Papers set at the Examination for Leaving Certificates, 1893
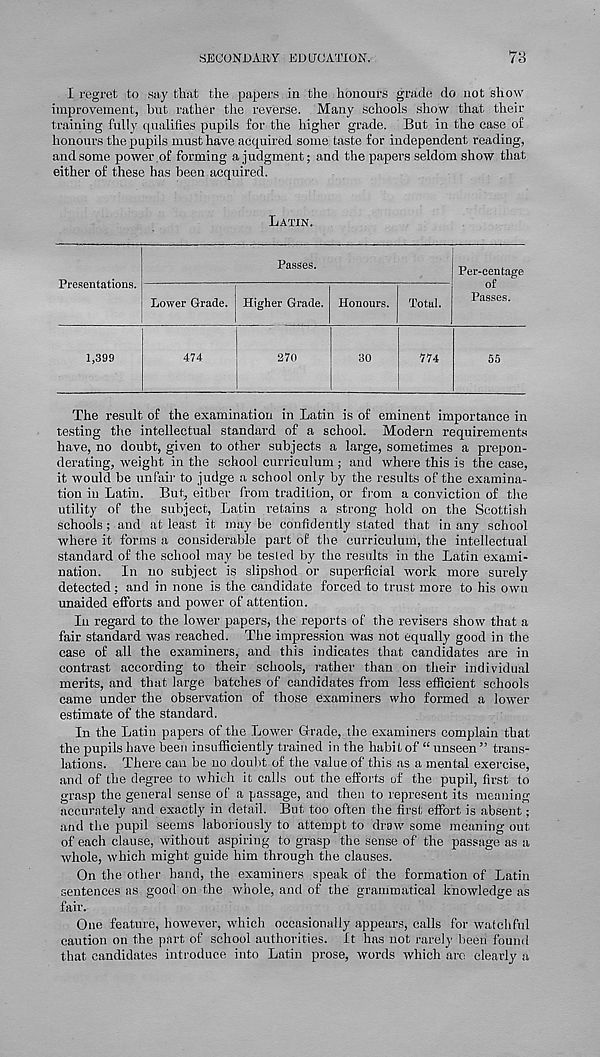
SECONDARY EDUCATION,
7y
I regret to say that the papers in the honours grade do not show
improvement, but rather the reverse. Many schools show that their
training fully qualifies pupils for the higher grade. But in the case of
honours the pupils must have acquired some taste for independent reading,
and some power,of forming a judgment; and the papers seldom show that
either of these has been acquired.
Latin.
Presentations.
Passes.
Lower Grade.
1,399
474
Higher Grade. Honours.
270
30
Total.
774
Per-centage
Passes.
55
The result of the examination in Latin is of eminent importance in
testing the intellectual standard of a school. Modern requirements
have, no doubt, given to other subjects a large, sometimes a prepon-
derating, weight in the school curriculum ; and where this is the case,
it would be unfair to judge a school only by the results of the examina-
tion in Latin. But, either from tradition, or from a conviction of the
utility of the subject, Latin retains a strong hold on the Scottish
schools ; and at least it may be confidently stated that in any school
where it forms a considerable part of the curriculum, the intellectual
standard of the school may be tesled by the results in the Latin exami-
nation. In no subject is slipshod or superficial work more surely
detected; and in none is the candidate forced to trust more to his own
unaided efforts and power of attention.
In regard to the lower papers, the reports of the revisers show that a
fair standard was reached. The impression was not equally good in the
case of all the examiners, and this indicates that candidates are in
contrast according to their schools, rather than on their individual
merits, and that large batches of candidates from less efficient schools
came under the observation of those examiners who formed a lower
estimate of the standard.
In the Latin papers of the Lower Grade, the examiners complain that
the pupils have been insufficiently trained in the habit of “ unseen ” trans-
lations. There can be no doubt of the value of this as a mental exercise,
and of the degree to which it calls out the efforts of the pupil, first to
grasp the general sense of a passage, and then to represent its meaning
accurately and exactly in detail. But too often the first effort is absent;
and the pupil seems laboriously to attempt to draw some meaning out
of each clause, without aspiring to grasp the sense of the passage as a
whole, which might guide him through the clauses.
On the other hand, the examiners speak of the formation of Latin
sentences as good on the whole, and of the grammatical knowledge as
fair.
One feature, however, which occasionally appears, calls for watchful
caution on the part of school authorities. It has not rarely been found
that candidates introduce into Latin prose, words which are clearly a